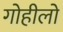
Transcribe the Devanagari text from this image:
गोहीलो